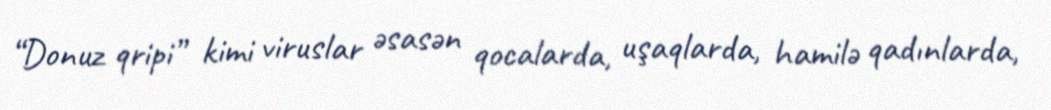
“Donuz qripi” kimi viruslar əsasən qocalarda, uşaqlarda, hamilə qadınlarda,